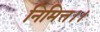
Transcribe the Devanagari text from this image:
निमित्त।।